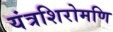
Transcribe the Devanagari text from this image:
यंत्रशिरोमणि